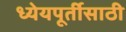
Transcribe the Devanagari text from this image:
ध्येयपूर्तीसाठी